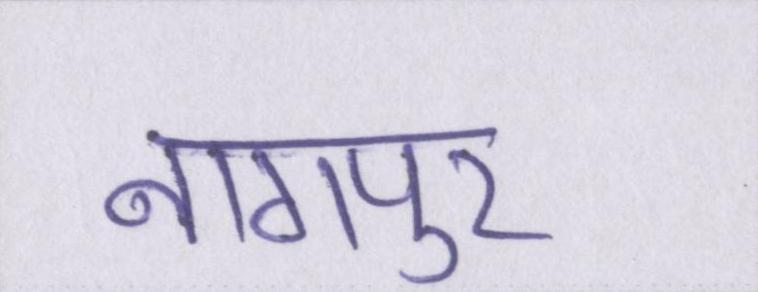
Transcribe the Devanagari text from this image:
नागपुर